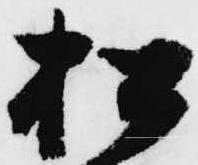
松